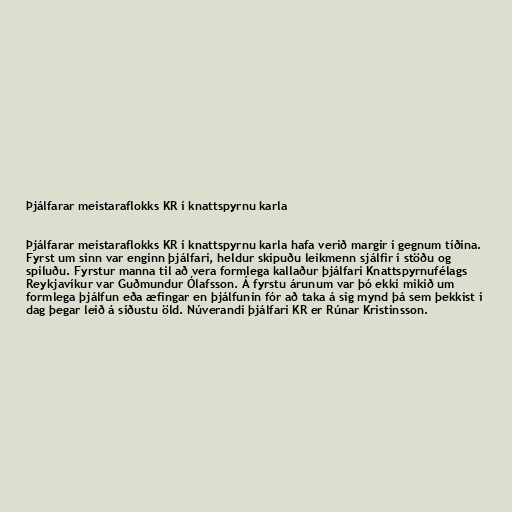
Þjálfarar meistaraflokks KR í knattspyrnu karla

Þjálfarar meistaraflokks KR í knattspyrnu karla hafa verið margir í gegnum tíðina.
Fyrst um sinn var enginn þjálfari, heldur skipuðu leikmenn sjálfir í stöðu og
spiluðu. Fyrstur manna til að vera formlega kallaður þjálfari Knattspyrnufélags
Reykjavíkur var Guðmundur Ólafsson. Á fyrstu árunum var þó ekki mikið um
formlega þjálfun eða æfingar en þjálfunin fór að taka á sig mynd þá sem þekkist í
dag þegar leið á síðustu öld. Núverandi þjálfari KR er Rúnar Kristinsson.